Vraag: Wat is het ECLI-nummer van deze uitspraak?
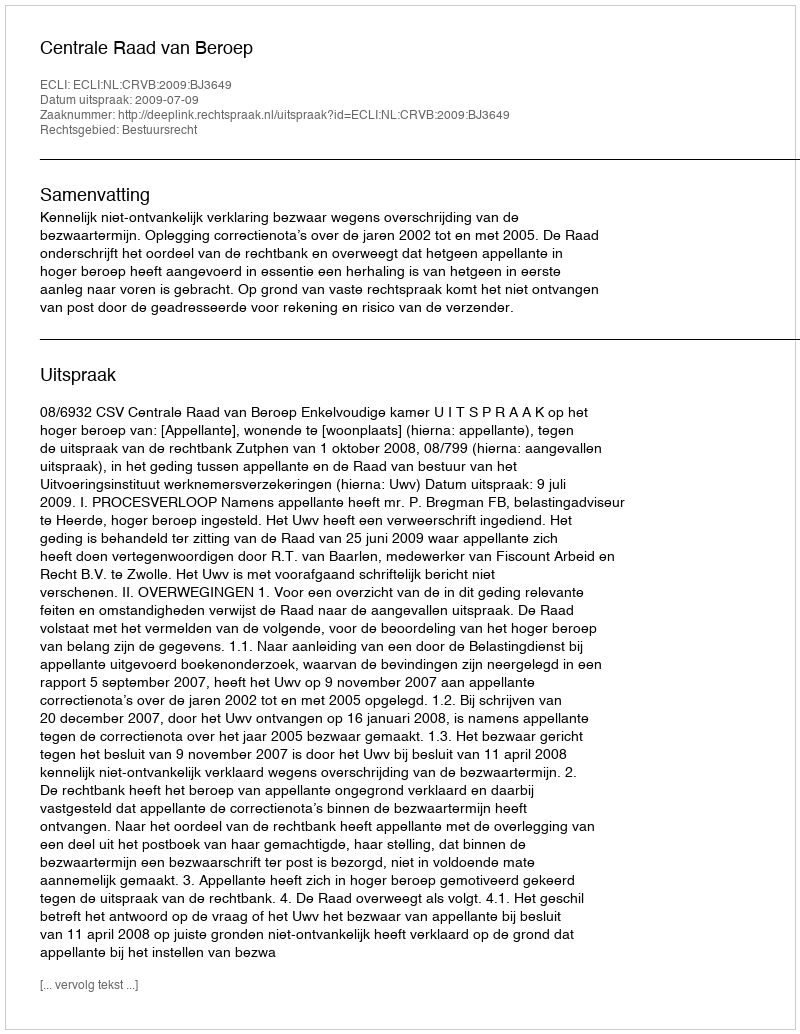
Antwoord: ECLI:NL:CRVB:2009:BJ3649